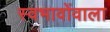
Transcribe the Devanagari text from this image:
स्वभावोंवाला